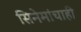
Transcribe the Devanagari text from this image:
सिनेमांचाही